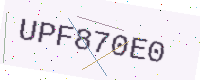
Text: UPF870E0